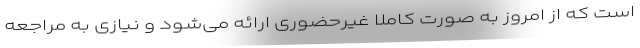
است که از امروز به صورت کاملا غیرحضوری ارائه می‌شود و نیازی به مراجعه